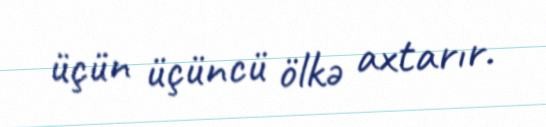
üçün üçüncü ölkə axtarır.